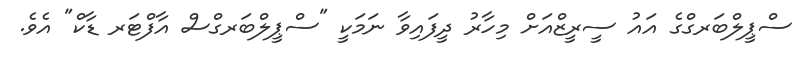
ސްޕީލްބަރގްގެ އައު ސީރީޒްއަށް މިހާރު ދީފައިވާ ނަމަކީ "ސްޕީލްބަރގްސް އާފްޓަރ ޑާކް" އެވެ.